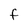
Character: f